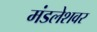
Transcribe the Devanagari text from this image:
मंडलेशवर